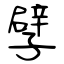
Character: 孹